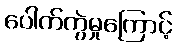
ပေါက်ကွဲမှုကြောင့်